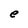
Character: e